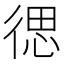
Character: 𮱽